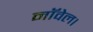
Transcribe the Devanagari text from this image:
नाॅवेल।